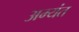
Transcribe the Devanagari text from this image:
अम्यंत